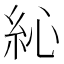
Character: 𥿂